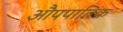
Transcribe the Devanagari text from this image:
औपपातिक